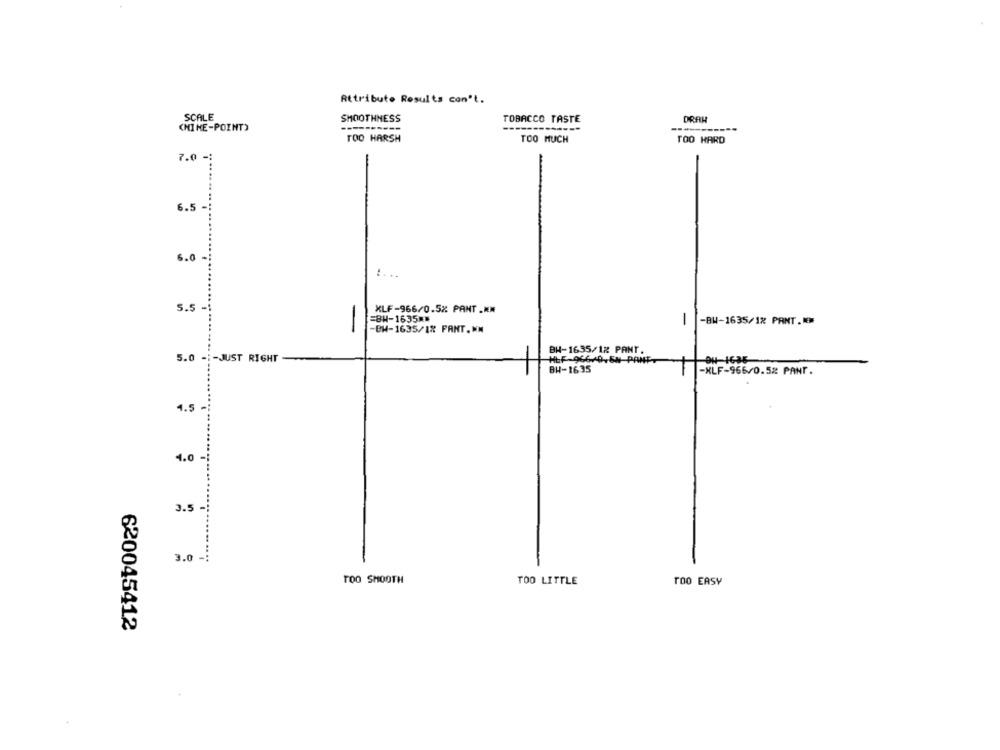
Attribute Results con't.
SCALE
SMOOTHNESS
TOBACCO TASTE
DRAH
CHINE-POINT)
------
TOO HARSH
TOO MUCH
TOO HARD
7.0
-
.. ...
6.5
......
6.0.
....
5.5 -
XLF-966/0.5% PANT .**
=8H-1635 **
-
-BW-1635/1% PANT .**
-
-BW-1635/1% PANT.NM
BH-1635/12 PANT.
5.0 -:- JUST RIGHT
HLF-966/0,68 PANT
OH-1635
BH-1635
-XLF-966/0.52 PANT.
4.5 -
4.0
3.5
3.0 -:
TOO SMOOTH
TOO LITTLE
TOO EASY
620045412